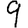
Digit: 9